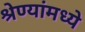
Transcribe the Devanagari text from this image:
श्रेण्यांमध्ये